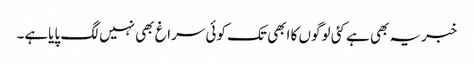
خبریہ بھی ہے کئی لوگوں کا ابھی تک کوئی سراغ بھی نہیں لگ پایاہے۔